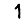
Digit: 1